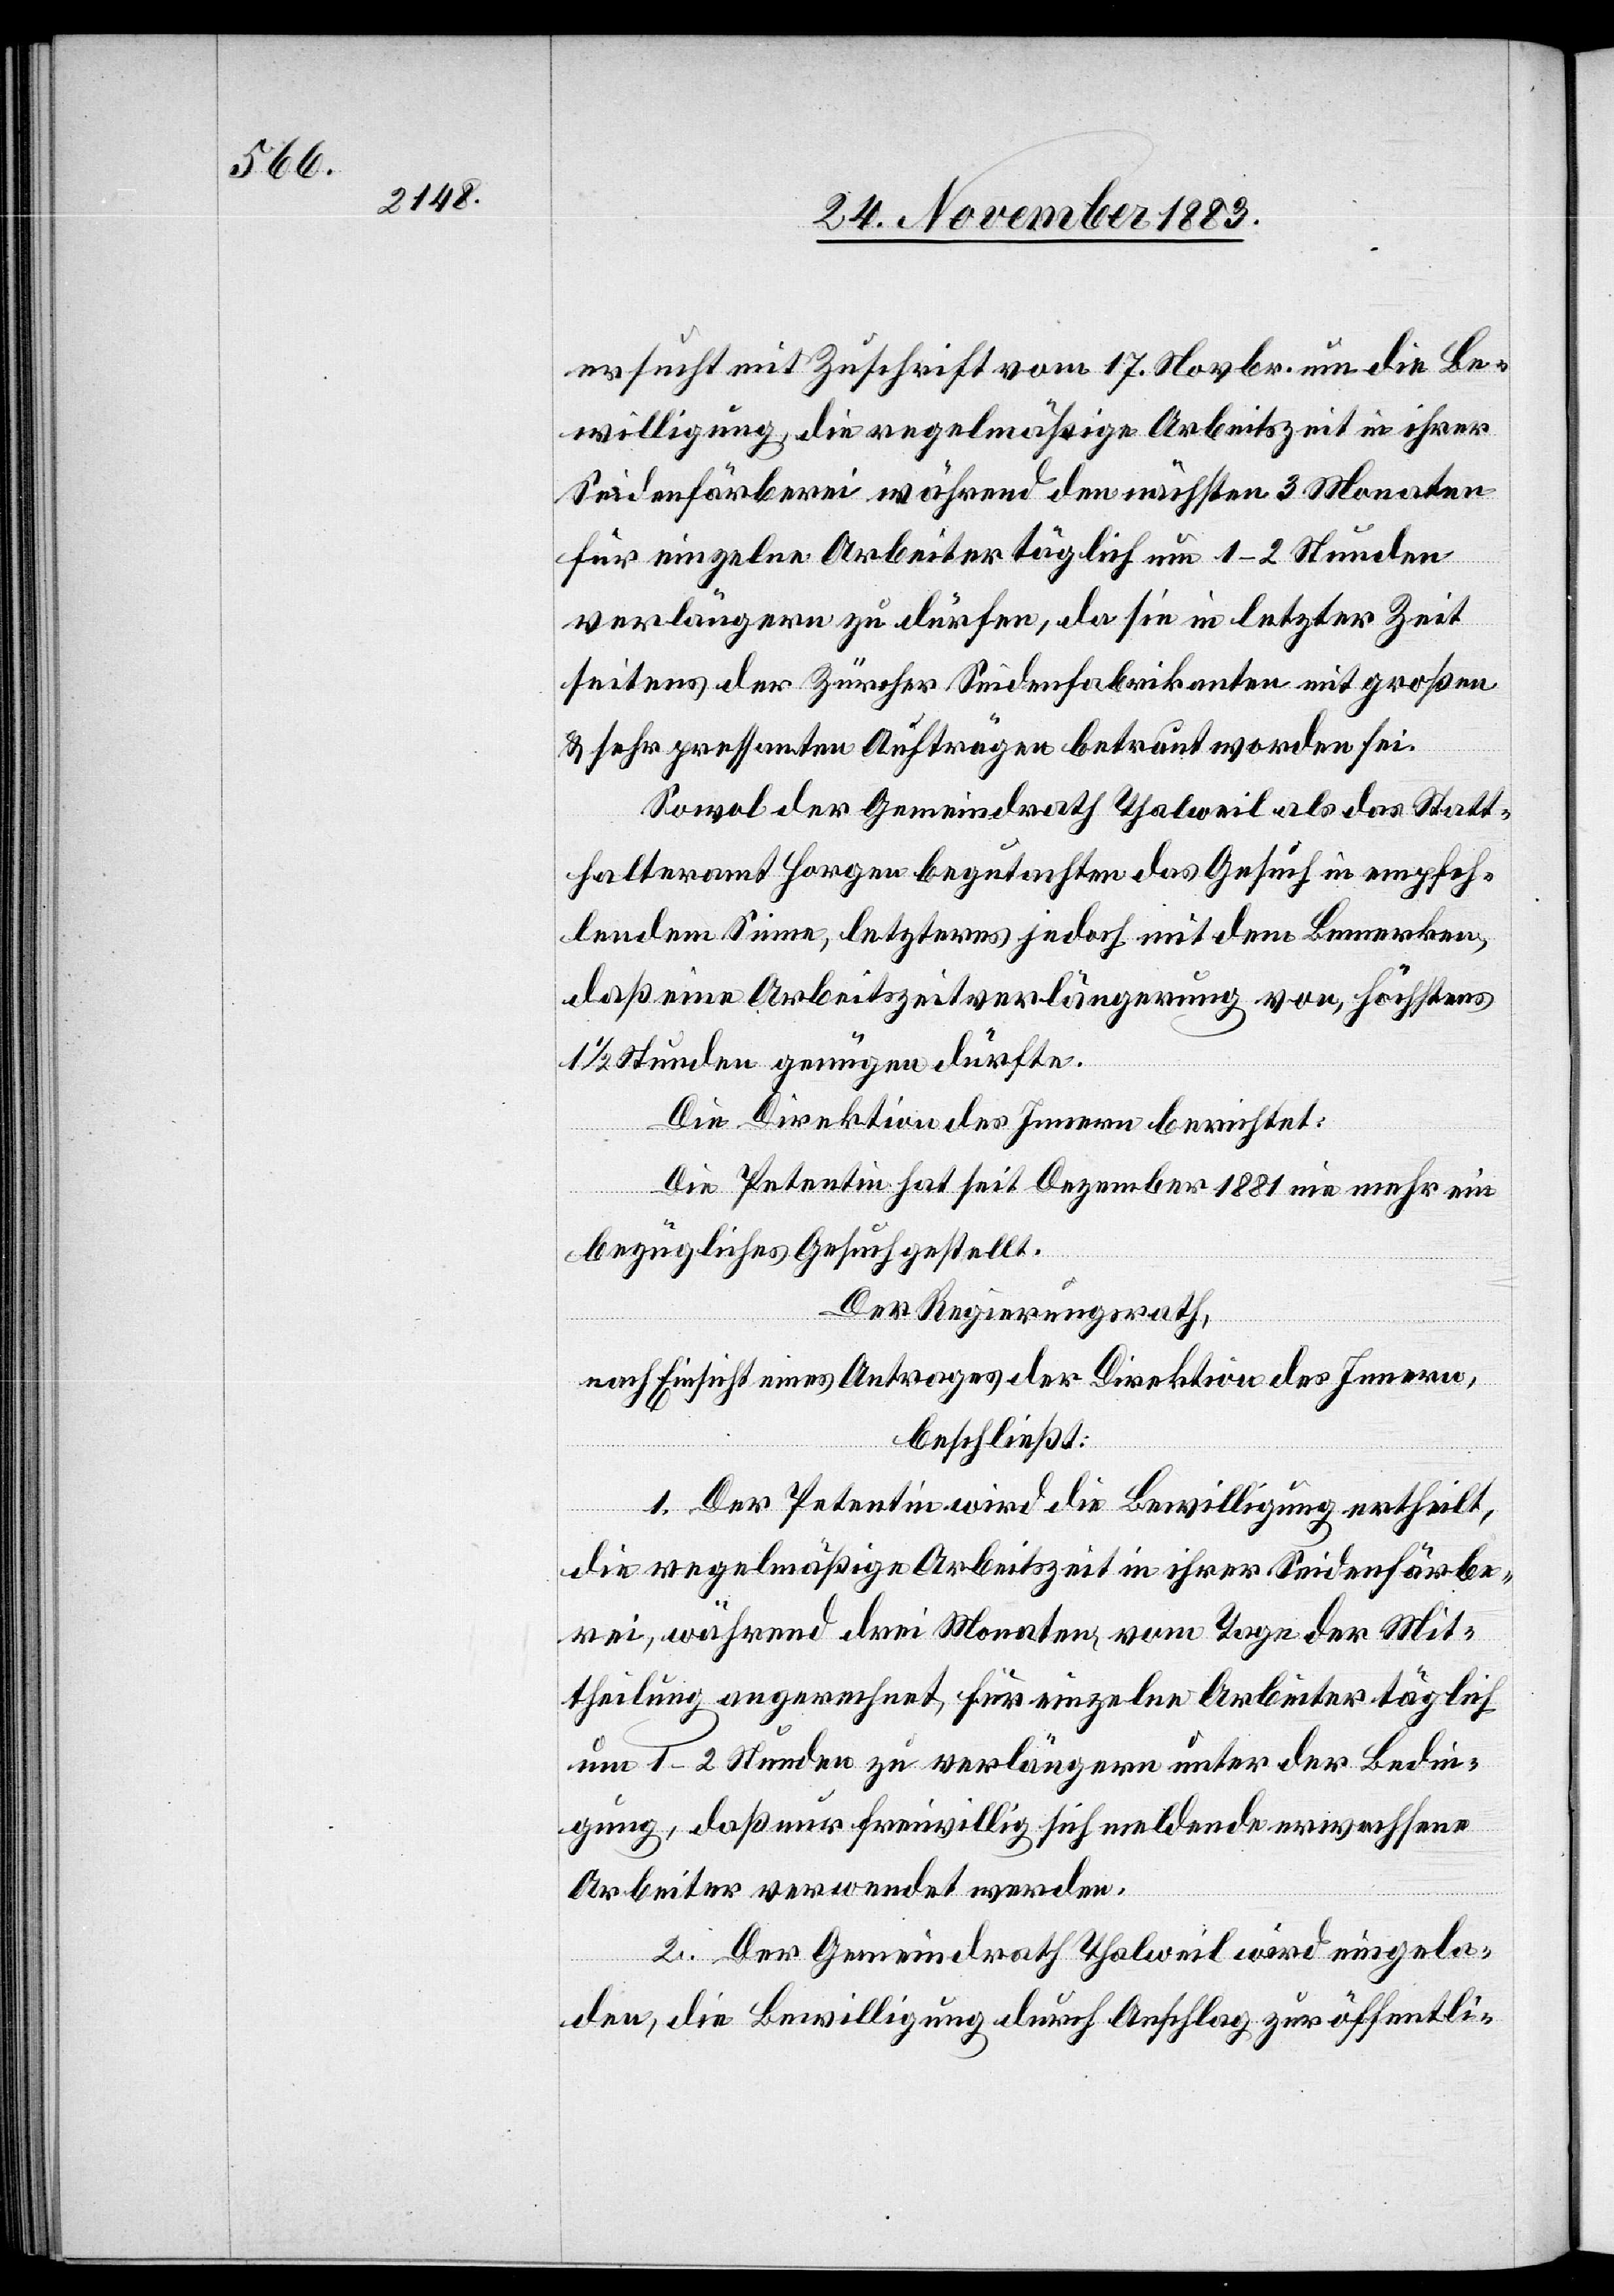
ersucht mit Zuschrift vom 17. Novbr. um die Be¬
willigung, die regelmäßige Arbeitszeit in ihrer
Seidenfärberei während den nächsten 3 Monaten
für einzelne Arbeiter täglich um 1–2 Stunden
verlängern zu dürfen, da sie in letzter Zeit
seitens der Zürcher Seidenfabrikanten mit großen
& sehr pressanten Aufträgen betraut worden sei.
Sowol der Gemeindrath Thalweil als das Statt¬
halteramt Horgen begutachten das Gesuch in empfeh¬
lendem Sinne, letzteres jedoch mit dem Bemerken,
daß eine Arbeitsverlängerung von, höchstens
1/2 Stunden genügen dürfte.
Die Direktion des Innern berichtet:
Die Petentin hat seit Dezember 1881 nie mehr ein
bezügliches Gesuch gestellt.
Der Regierungsrath,
nach Einsicht eines Antrages der Direktion des Innern,
beschließt:
1. Der Petentin wird die Bewilligung ertheilt,
die regelmäßige Arbeitszeit in ihrer Seidenfärbe¬
rei, während drei Monaten, vom Tage der Mit¬
theilung an gerechnet, für einzelne Arbeiter täglich
um 1–2 Stunden zu verlängern unter der Bedin¬
gung, daß nur freiwillig sich meldende erwachsene
Arbeiter verwendet werden.
2. Der Gemeindrath Thalweil wird eingela¬
den, die Bewilligung durch Anschlag zur öffentli-